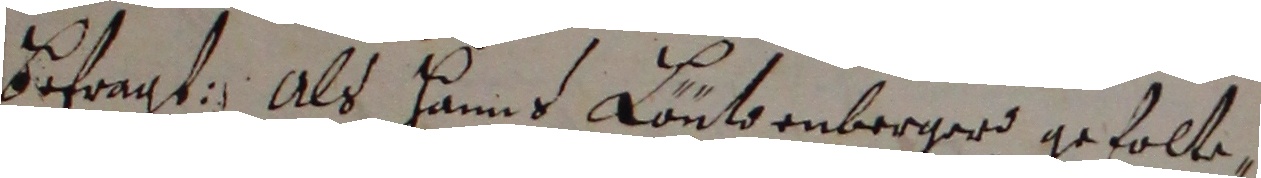
befagt. Als Hanns Loutoenbergerd geholte,